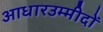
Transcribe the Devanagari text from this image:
आधारउम्मीदों